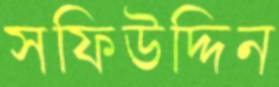
সফিউদ্দিন